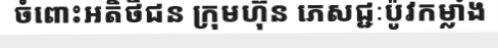
ចំពោះអតិថិជន ក្រុមហ៊ុន ភេសជ្ជៈប៉ូវកម្លាំង